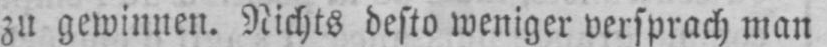
zu gewinnen. Nichts desto weniger versprach man